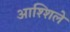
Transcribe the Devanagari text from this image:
आश्शिले